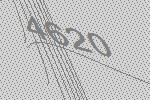
4620